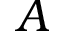
A